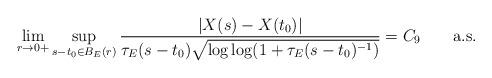
LaTeX: \begin{align*} \lim_{r\to0+} \sup_{{s-t_0\in B_E(r)}}\frac{|X(s)-X(t_0)|}{\tau_E(s-t_0)\sqrt{\log\log(1 +\tau_E(s-t_0)^{-1})}} =C_{9} \qquad\mbox{a.s.}\end{align*}